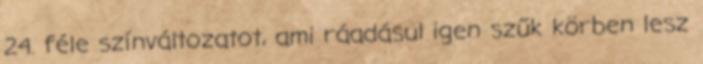
24. féle színváltozatot, ami ráadásul igen szűk körben lesz